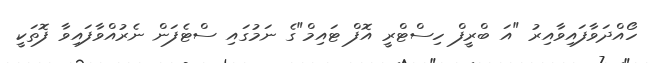
ހޯއްދަވާފައިވާއިރު "އަ ބްރީފް ހިސްޓްރީ އޮފް ޓައިމް"ގެ ނަމުގައި ސްޓެފަން ނެރުއްވާފައިވާ ފޮތަކީ